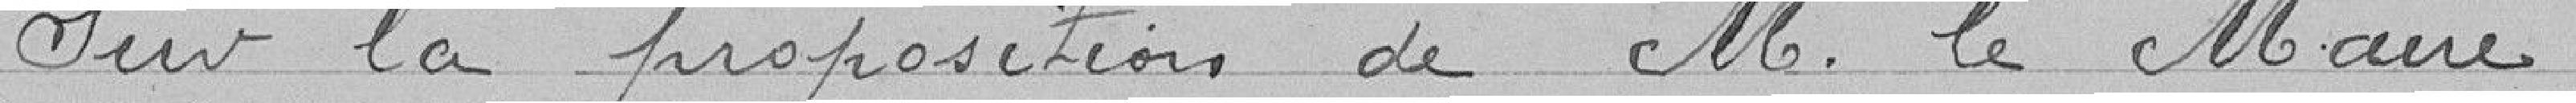
Sur la proposition de Monsieur le Maire